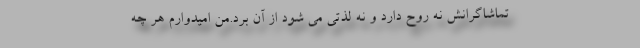
تماشاگرانش نه روح دارد و نه لذتی می شود از آن برد.من امیدوارم هر چه